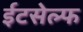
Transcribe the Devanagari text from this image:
ईटसेल्फ